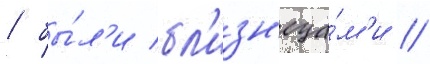
/ бы́л'и бл'изн'еца́м'и //